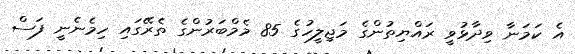
އެ ކަމަނާ ވިދާޅުވީ ރައްޔިތުންގެ މަޖިލީހުގެ 85 މެމްބަރުންގެ ތެރޭގައި ހިމެނެނީ ފަސް